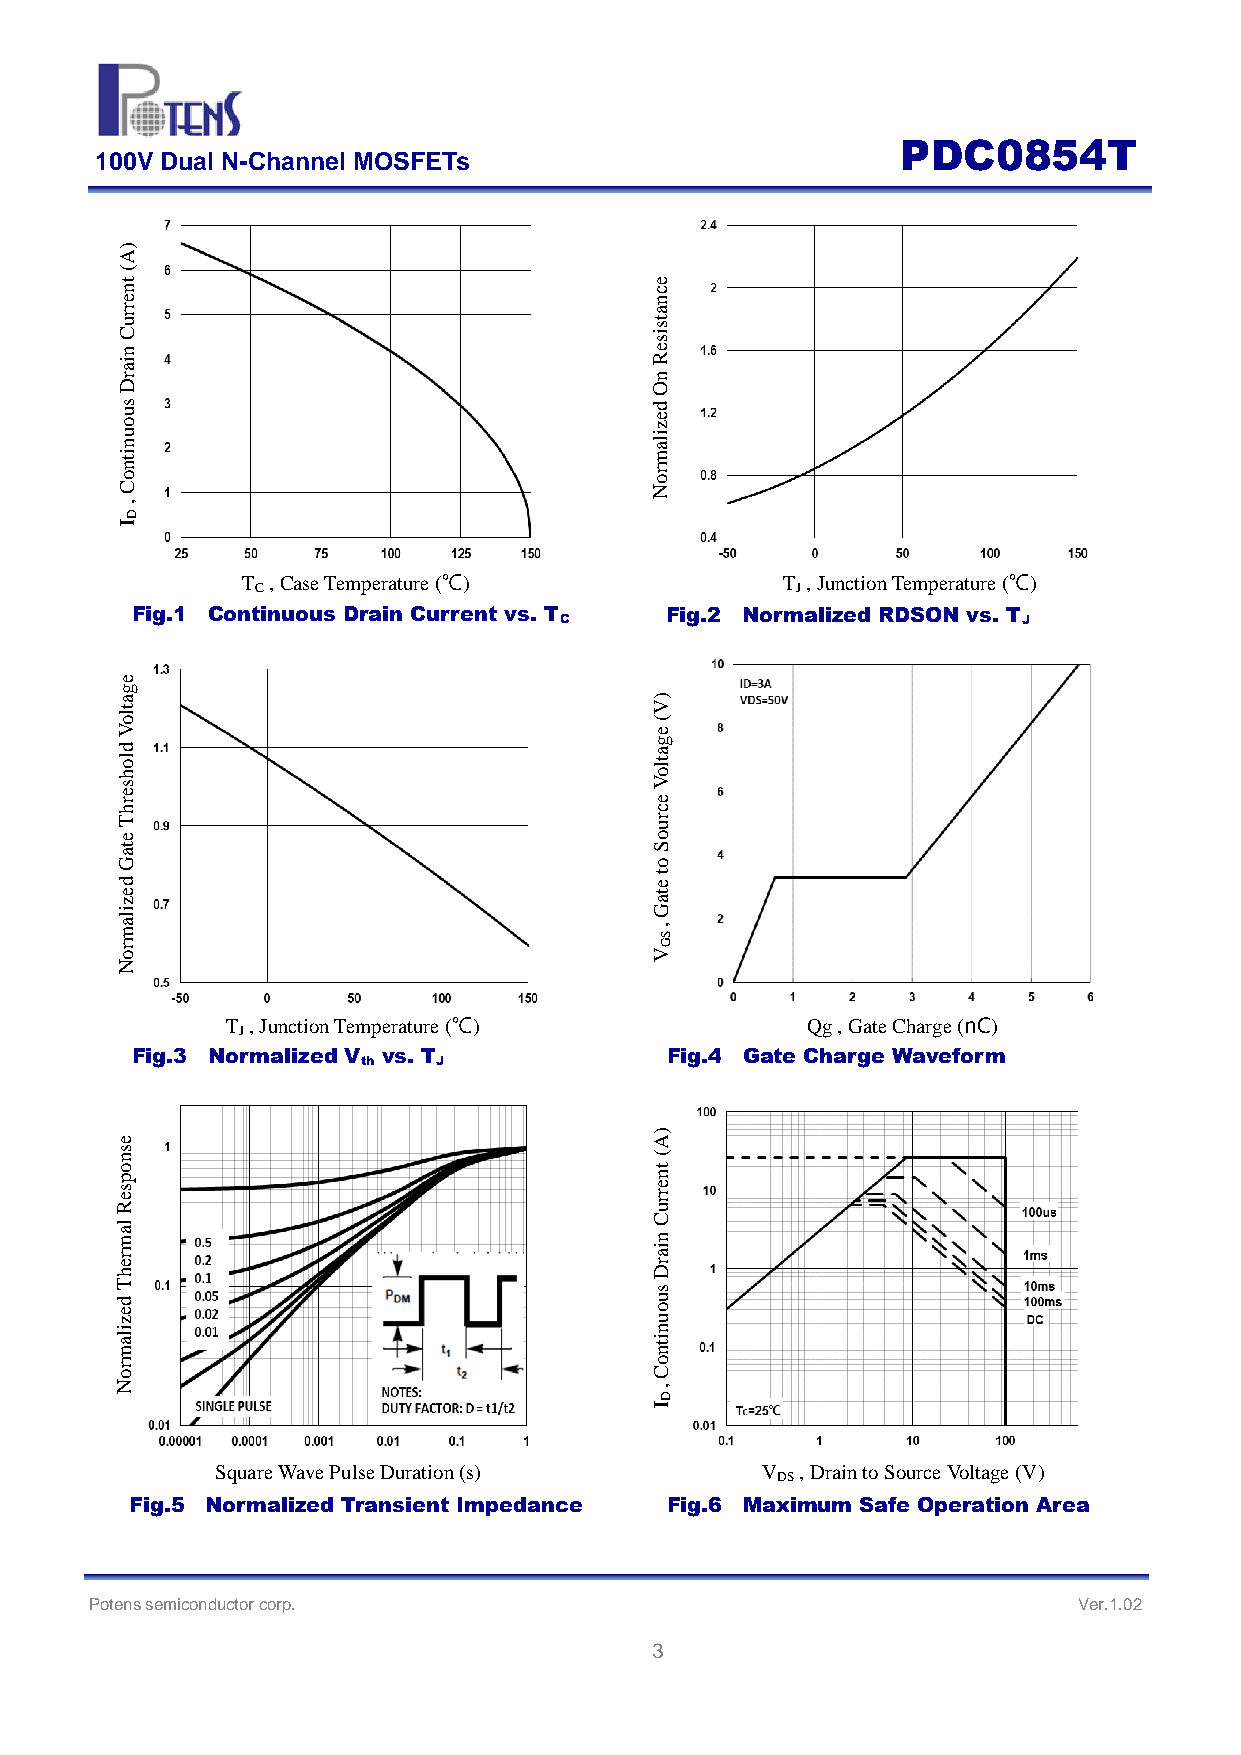
PDC0854T
 100V Dual N-Channel MOSFETs
 )
 A
 (
 nt                                 ce
 e                                  n
 urr                                sta
 C                                  si
 rain
 n
 Re
 D                                  O
 ous                                zed
 nu                                 ali
 nti                                m
 o                                  or
 C                                  N
 ,
 D
 I
 T , Case Temperature (℃)            T , Junction Temperature (℃)
 C                                   J
 Fig.1 Continuous D rain Current vs. T
 C
 Fig.2 Normalized RDSON vs. T
 J
 e
 Voltag
 ()
 V
 e
 d
 ag
 shol                               Volt
 re
 e
 h                                  c
 T
 e
 our
 Gat                                S
 o
 d                                  e
 t
 ze                                 at
 mali                               ,G
 S
 or                                 VG
 N
 T , Junction Temperature (℃)          Qg , Gate Charge (nC)
 J
 Fig.3 Normalized V
 th
 vs. T
 J
 Fig.4 Gate Charge W aveform
 e
 )
 A
 espons                             (
 rrent
 R                                  u
 mal
 n
 C
 her
 Drai
 T                                  s
 d                                  u
 e                                  o
 z                                  u
 mali                               ntin
 or                                 Co
 N                                  ,
 D
 I
 Square Wave Pulse Duration (s)      V
 DS
 , Drain to Source Voltage (V)
 F ig.5 Normalized Transient Impedance Fig.6 Maximum Safe Operation Area
 Potens semiconductor corp.                                       Ver.1.02
 3